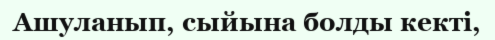
Ашуланып, сыйына болды кекті,